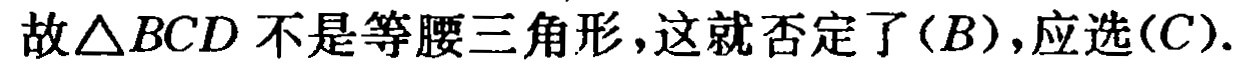
故\(\triangle BCD\)不是等腰三角形，这就否定了\((B)\)，应选\((C)\).